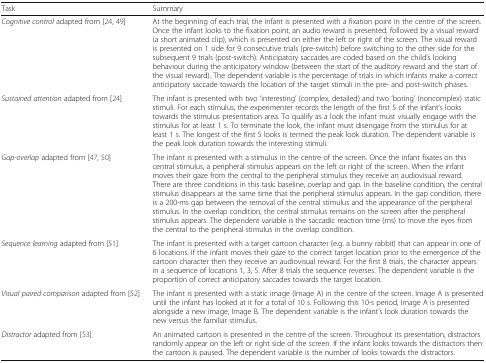
| Task | Summary |
 | --- | --- |
 | Cognitive control adapted from [24, 49] | At the beginning of each trial, the infant is presented with a fixation point in the centre of the screen. Once the infant looks to the fixation point, an audio reward is presented, followed by a visual reward (a short animated clip), which is presented on either the left or right of the screen. The visual reward is presented on 1 side for 9 consecutive trials (pre-switch) before switching to the other side for the subsequent 9 trials (post-switch). Anticipatory saccades are coded based on the child’s looking behaviour during the anticipatory window (between the start of the auditory reward and the start of the visual reward). The dependent variable is the percentage of trials in which infants make a correct anticipatory saccade towards the location of the target stimuli in the pre- and post-switch phases. |
 | Sustained attention adapted from [24] | The infant is presented with two ‘interesting’ (complex, detailed) and two ‘boring’ (noncomplex) static stimuli. For each stimulus, the experimenter records the length of the first 5 of the infant’s looks towards the stimulus presentation area. To qualify as a look the infant must visually engage with the stimulus for at least 1 s. To terminate the look, the infant must disengage from the stimulus for at least 1 s. The longest of the first 5 looks is termed the peak look duration. The dependent variable is the peak look duration towards the interesting stimuli. |
 | Gap-overlap adapted from [47, 50] | The infant is presented with a stimulus in the centre of the screen. Once the infant fixates on this central stimulus, a peripheral stimulus appears on the left or right of the screen. When the infant moves their gaze from the central to the peripheral stimulus they receive an audiovisual reward. There are three conditions in this task: baseline, overlap and gap. In the baseline condition, the central stimulus disappears at the same time that the peripheral stimulus appears. In the gap condition, there is a 200-ms gap between the removal of the central stimulus and the appearance of the peripheral stimulus. In the overlap condition, the central stimulus remains on the screen after the peripheral stimulus appears. The dependent variable is the saccadic reaction time (ms) to move the eyes from the central to the peripheral stimulus in the overlap condition. |
 | Sequence learning adapted from [51] | The infant is presented with a target cartoon character (e.g. a bunny rabbit) that can appear in one of 6 locations. If the infant moves their gaze to the correct target location prior to the emergence of the cartoon character then they receive an audiovisual reward. For the first 8 trials, the character appears in a sequence of locations 1, 3, 5. After 8 trials the sequence reverses. The dependent variable is the proportion of correct anticipatory saccades towards the target location. |
 | Visual paired comparison adapted from [52] | The infant is presented with a static image (Image A) in the centre of the screen. Image A is presented until the infant has looked at it for a total of 10 s. Following this 10-s period, Image A is presented alongside a new image, Image B. The dependent variable is the infant’s look duration towards the new versus the familiar stimulus. |
 | Distractor adapted from [53] | An animated cartoon is presented in the centre of the screen. Throughout its presentation, distractors randomly appear on the left or right side of the screen. If the infant looks towards the distractors then the cartoon is paused. The dependent variable is the number of looks towards the distractors. |